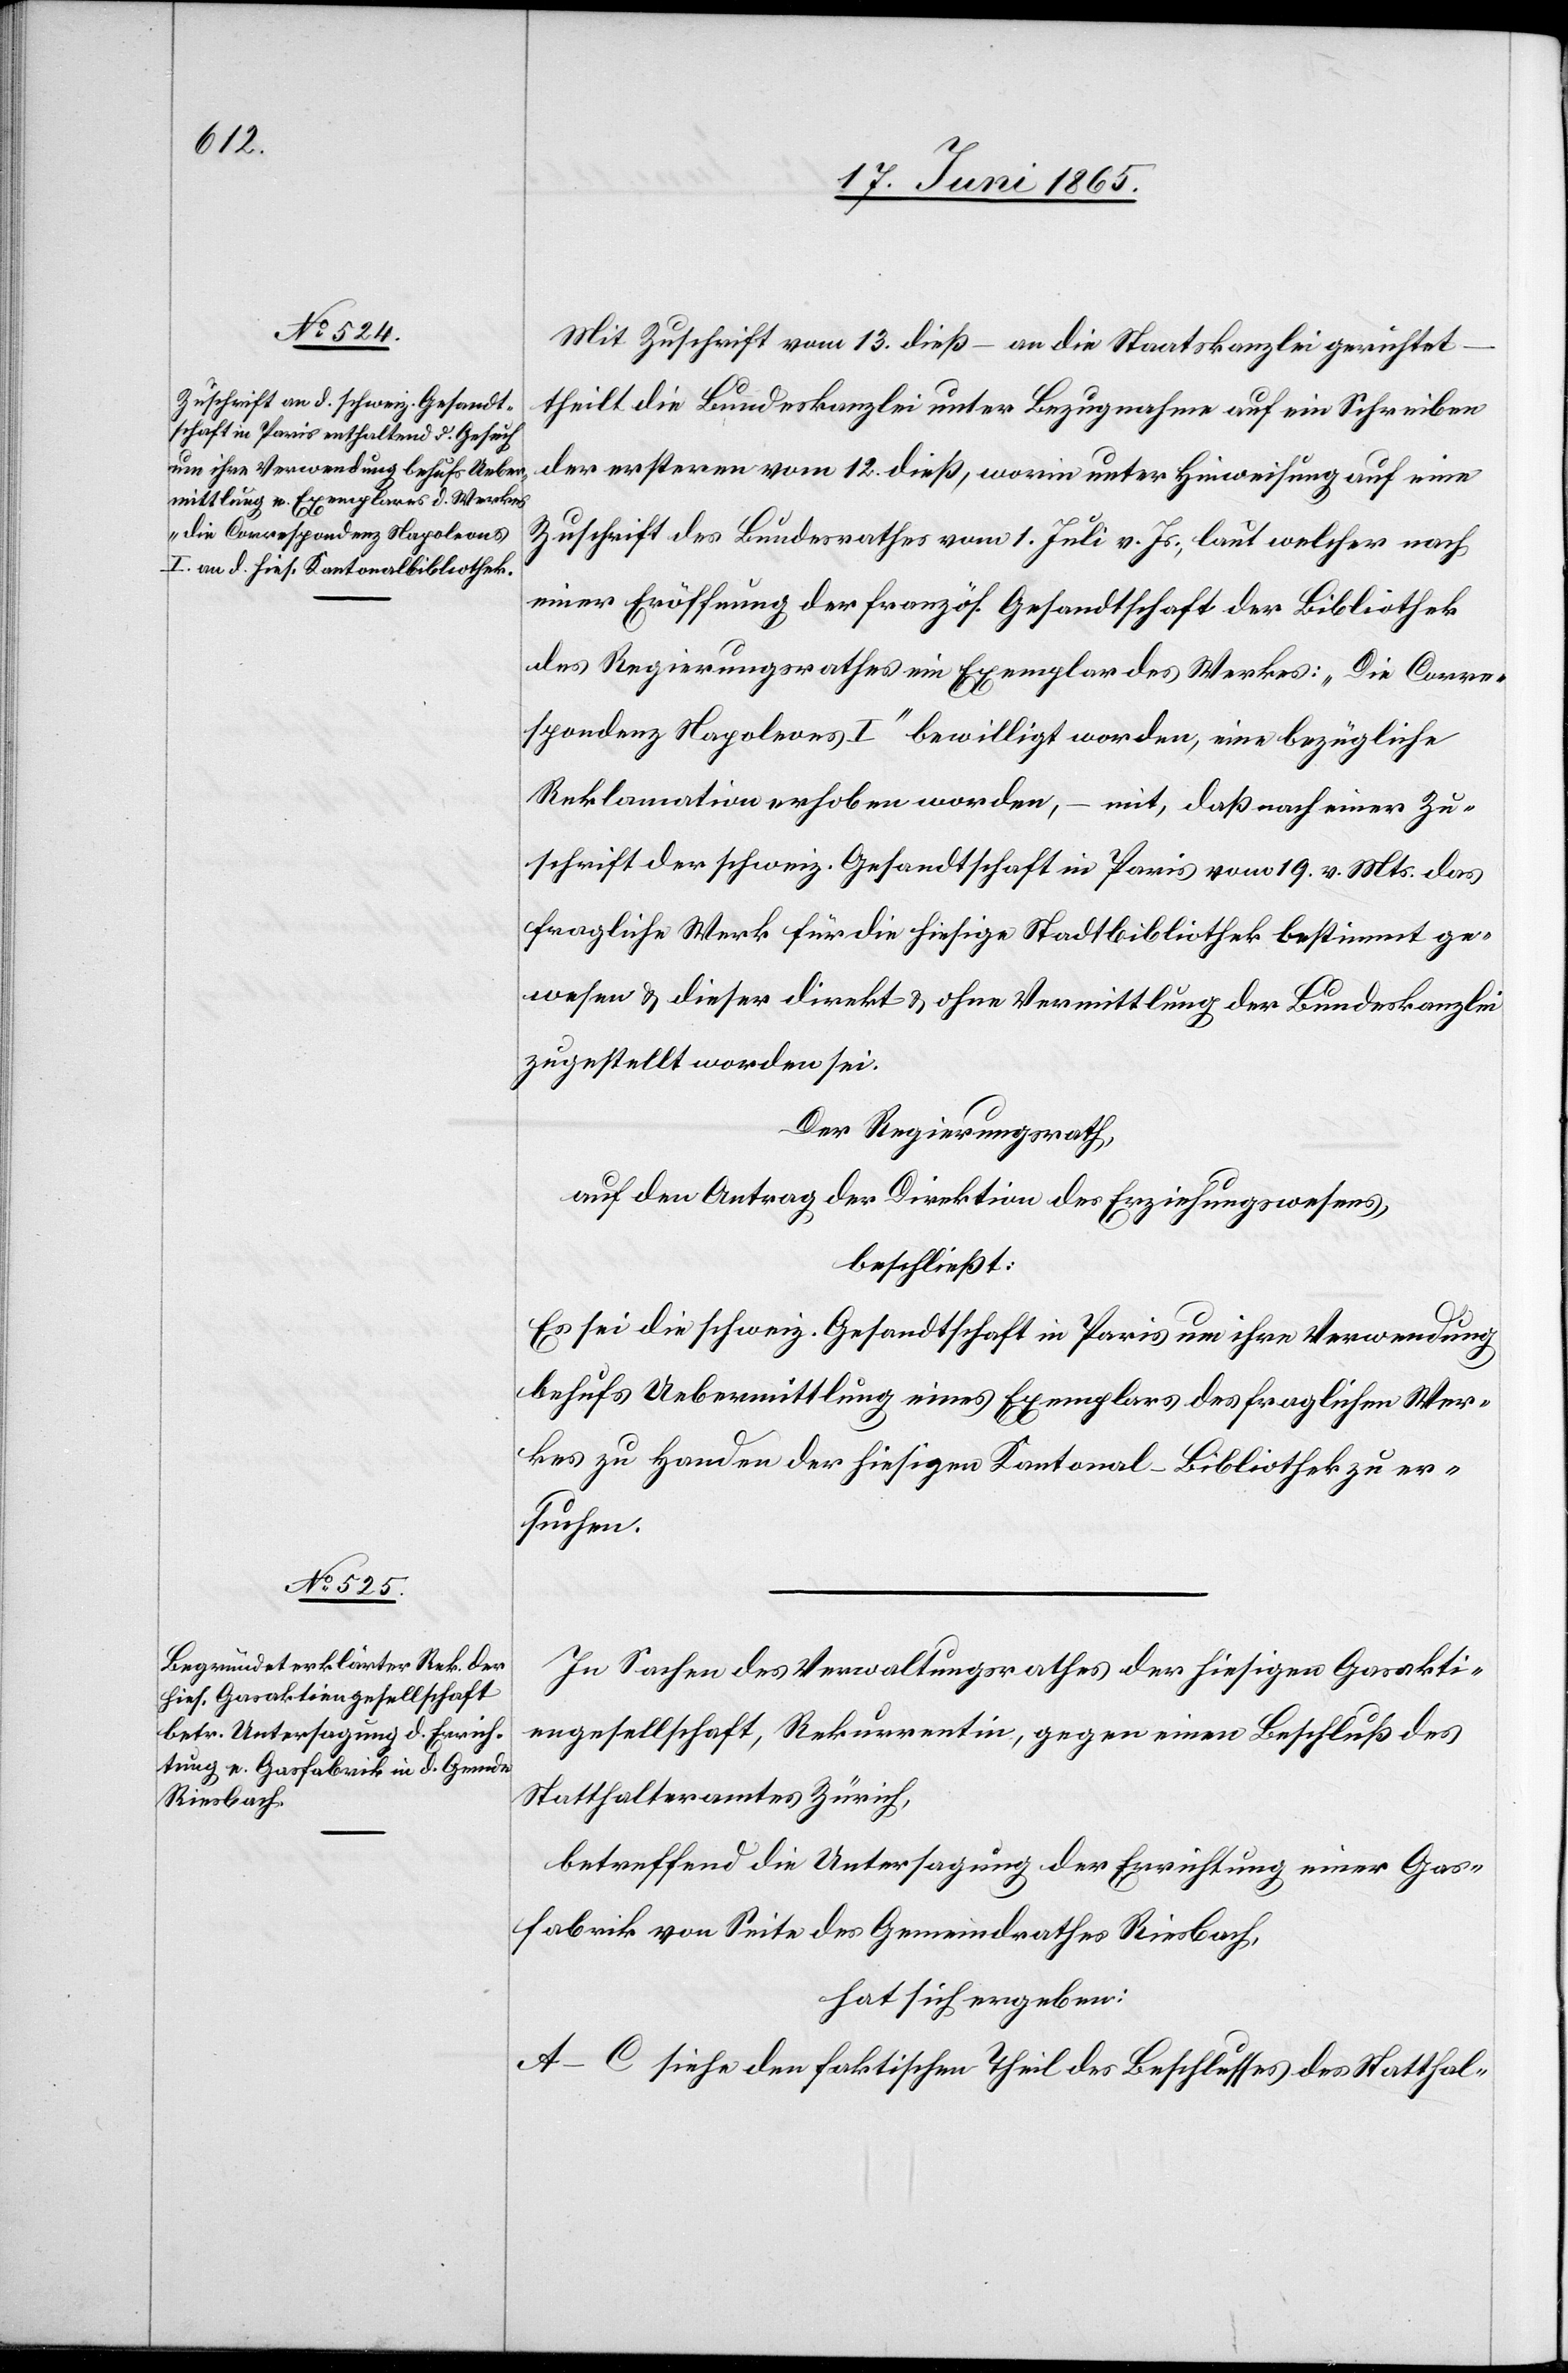
Mit Zuschrift vom 13. dieß – an die Staatskanzlei gerichtet
theilt die Bundeskanzlei unter Bezugnahme auf ein Schreiben
der ersteren vom 12. dieß, worin unter Hinweisung auf eine
Zuschrift des Bundesrathes vom 1. Juli v. Js., laut welcher nach
einer Eröffnung der französ. Gesandtschaft der Bibliothek
des Regierungsrathes ein Exemplar des Werkes: „Die Corre¬
spondenz Napoleons I“ bewilligt worden, eine bezügliche
Reklamation erhoben worden, – mit, daß nach einer Zu¬
schrift der schweiz. Gesandtschaft in Paris vom 19. v. Mts. das
fragliche Werk für die hiesige Stadtbibliothek bestimmt ge¬
wesen & dieser direkt & ohne Vermittlung der Bundeskanzlei
zugestellt worden sei.
Der Regierungsrath,
auf den Antrag der Direktion des Erziehungswesens,
beschließt:
Es sei die schweiz. Gesandtschaft in Paris um ihre Verwendung
behufs Uebermittlung eines Exemplars des fraglichen Wer¬
kes zu Handen der hiesigen Kantonal-Bibliothek zu er¬
suchen.
In Sachen des Verwaltungsrathes der hiesigen Gasakti¬
engesellschaft, Rekurrentin, gegen einen Beschluß des
Statthalteramtes Zürich,
betreffend die Untersagung der Errichtung einer Gas¬
fabrik von Seite des Gemeindrathes Riesbach,
hat sich ergeben:
A–C siehe den faktischen Theil des Beschlusses des Statthal-